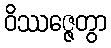
ဝိဿဇ္ဇေတွာ